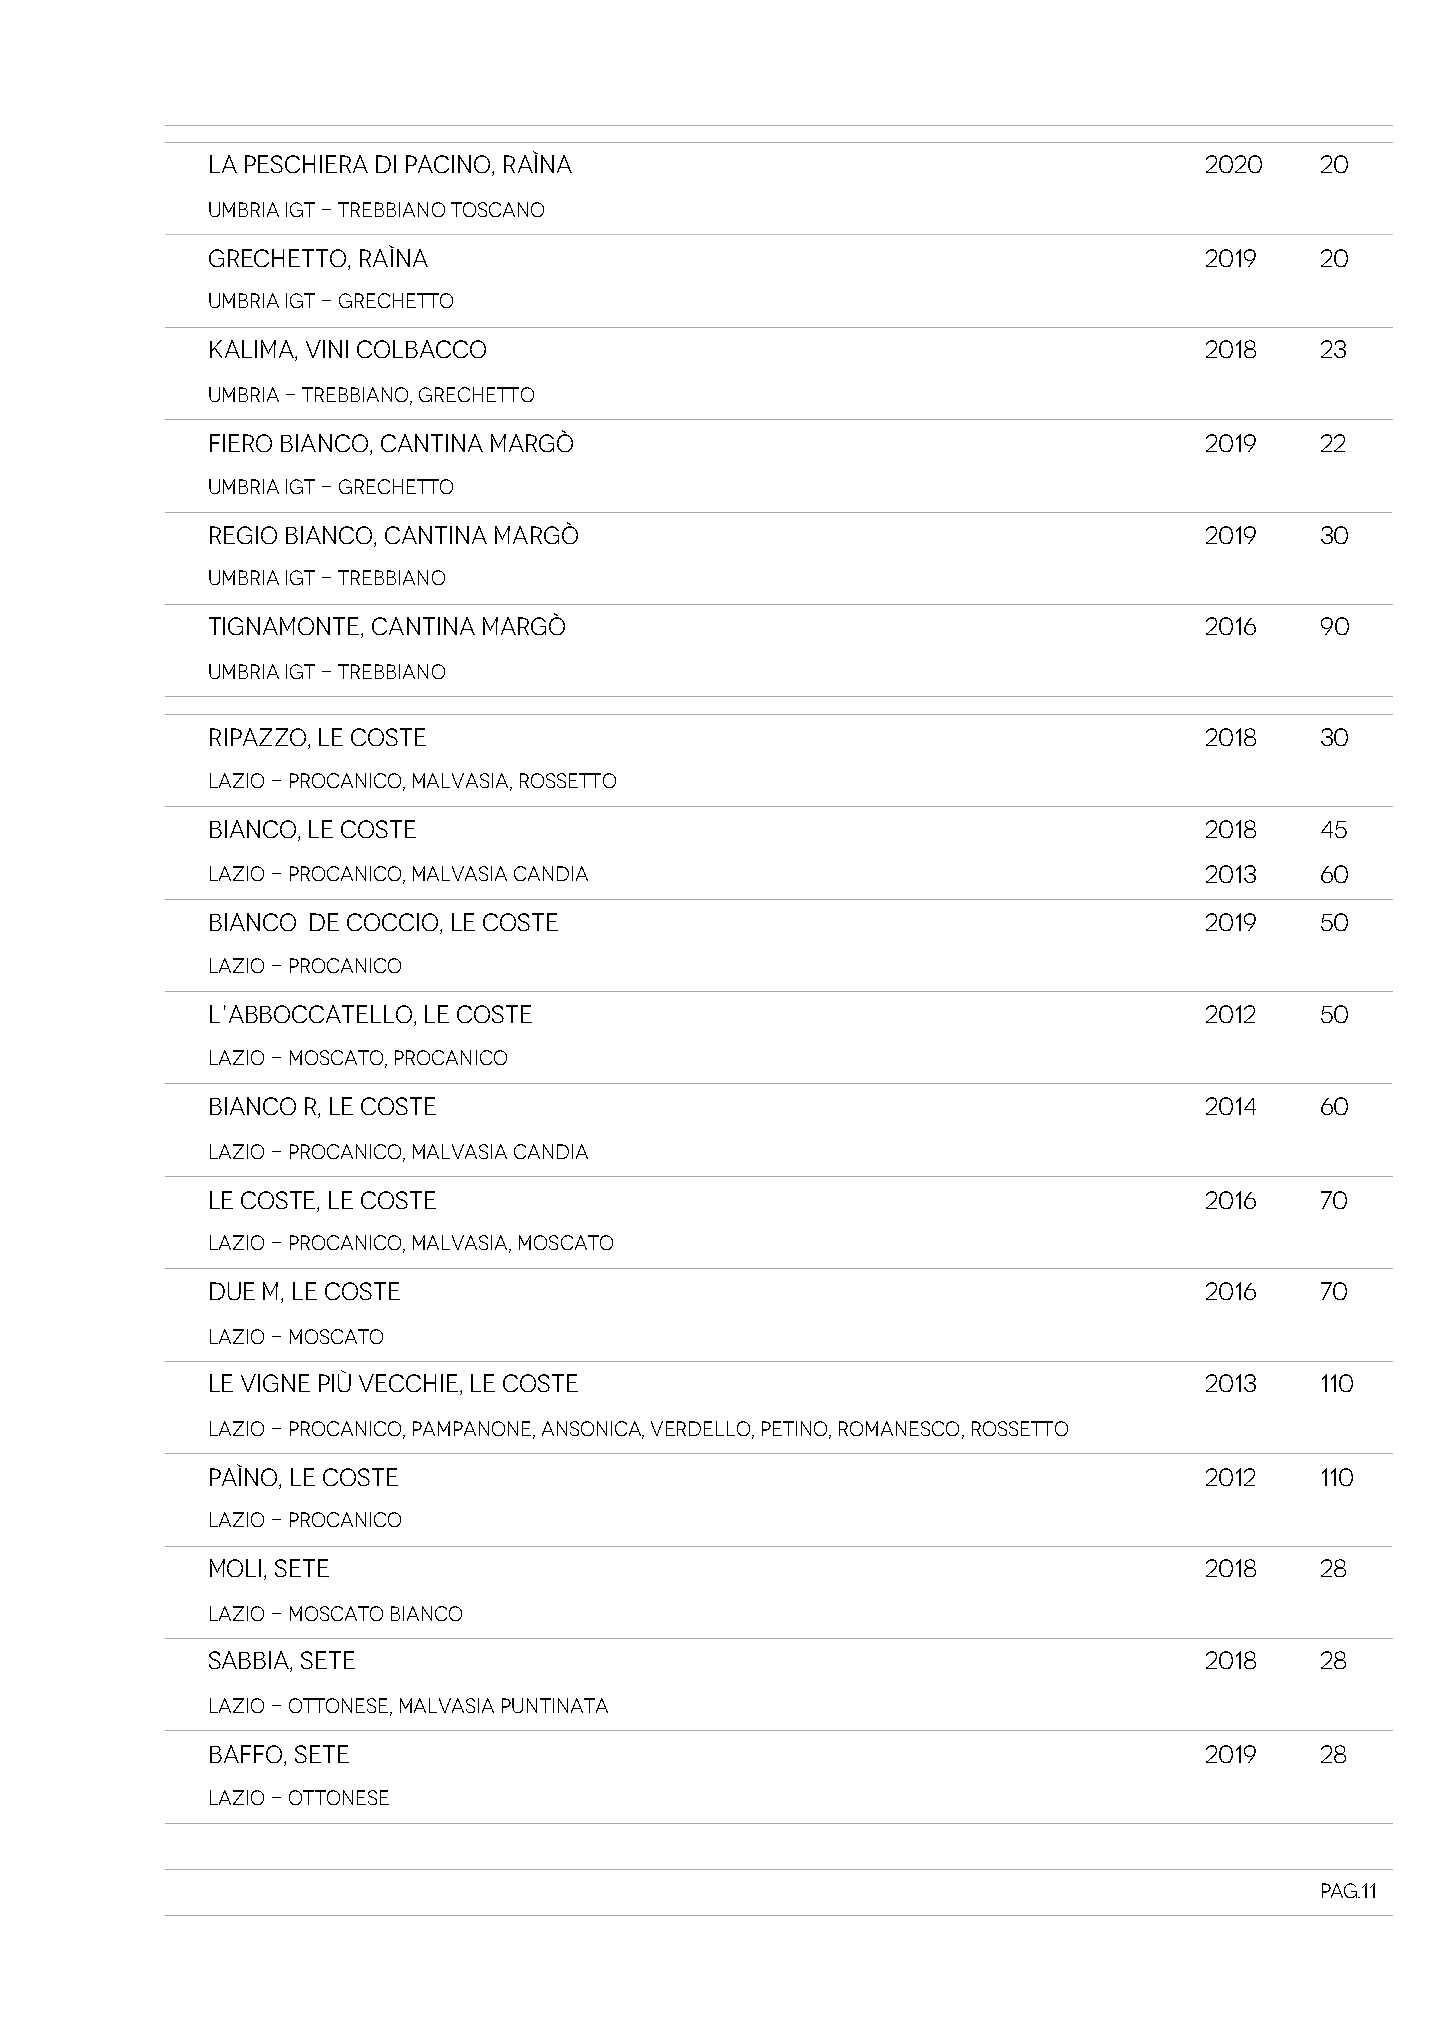
LA PESCHIERA DI PACINO, RAÌNA                                     2020   20
 Umbria Igt - Trebbiano Toscano
 GRECHETTO, RAÌNA                                                  2019   20
 Umbria Igt - Grechetto
 KALIMA, VINI COLBACCO                                             2018   23
 Umbria - Trebbiano, Grechetto
 FIERO BIANCO, CANTINA MARGÒ                                       2019   22
 Umbria Igt - Grechetto
 REGIO BIANCO, CANTINA MARGÒ                                       2019   30
 Umbria Igt - Trebbiano
 TIGNAMONTE, CANTINA MARGÒ                                         2016   90
 Umbria Igt - Trebbiano
 RIPAZZO, LE COSTE                                                 2018   30
 Lazio - Procanico, Malvasia, Rossetto
 BIANCO, LE COSTE                                                  2018   45
 Lazio - Procanico, Malvasia Candia                                2013   60
 BIANCO DE COCCIO, LE COSTE                                        2019   50
 Lazio - Procanico
 L’ABBOCCATELLO, LE COSTE                                          2012   50
 Lazio - Moscato, Procanico
 BIANCO R, LE COSTE                                                2014   60
 Lazio - Procanico, Malvasia Candia
 LE COSTE, LE COSTE                                                2016   70
 Lazio - Procanico, Malvasia, Moscato
 DUE M, LE COSTE                                                   2016   70
 Lazio - Moscato
 LE VIGNE PIÙ VECCHIE, LE COSTE                                    2013   110
 Lazio - Procanico, Pampanone, Ansonica, Verdello, Petino, Romanesco, Rossetto
 PAÌNO, LE COSTE                                                   2012   110
 Lazio - Procanico
 MOLI, SETE                                                        2018   28
 Lazio - Moscato Bianco
 SABBIA, SETE                                                      2018   28
 Lazio - Ottonese, Malvasia Puntinata
 BAFFO, SETE                                                       2019   28
 Lazio - Ottonese
 Pag.11